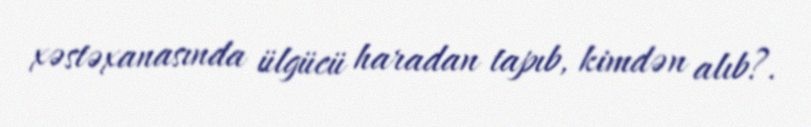
xəstəxanasında ülgücü haradan tapıb, kimdən alıb?.